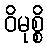
ဝိမုစ္စိ